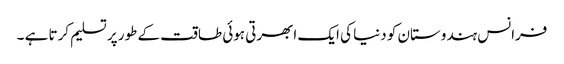
فرانس ہندوستان کو دنیا کی ایک ابھرتی ہوئی طاقت کے طور پر تسلیم کرتا ہے ۔